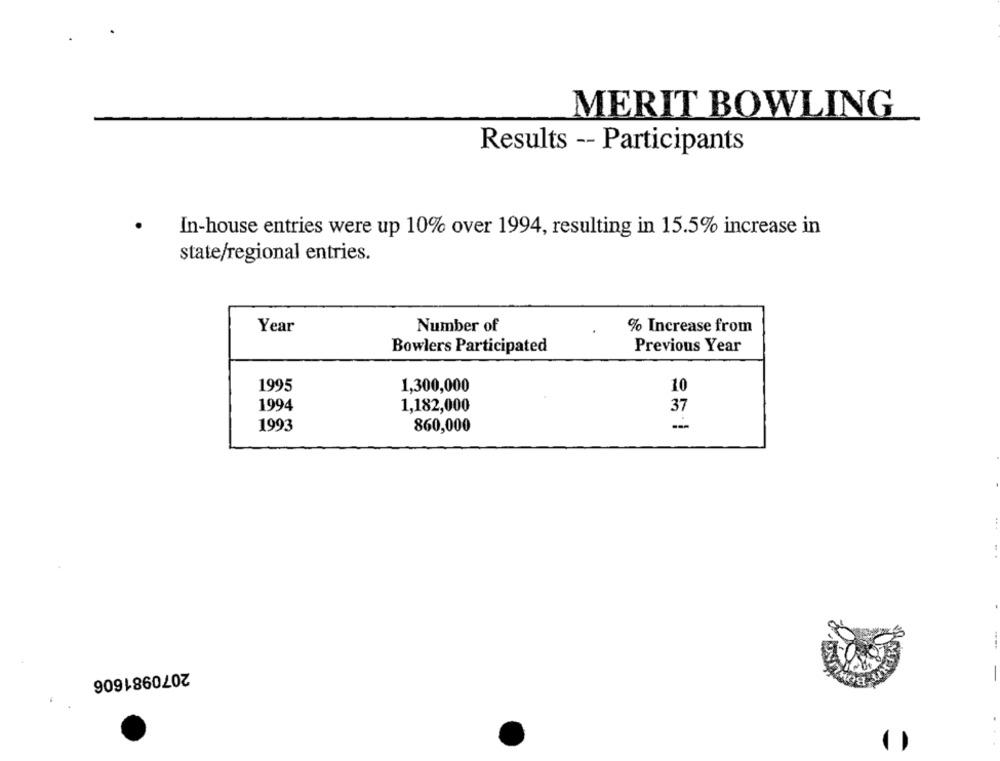
MERIT BOWLING
Results -- Participants
In-house entries were up 10% over 1994, resulting in 15.5% increase in
state/regional entries.
Year
Number of
% Increase from
Bowlers Participated
Previous Year
1995
1,300,000
10
1994
1,182,000
37
1993
860,000
2070981606